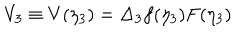
V _ { 3 } \equiv V ( \eta _ { 3 } ) = \Delta _ { 3 } f ( \eta _ { 3 } ) F ( \eta _ { 3 } )